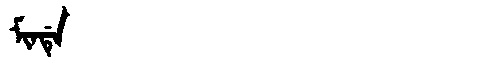
Manchu: ᠮᡳᠨᡩᡝ
Romanization: MINDE